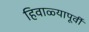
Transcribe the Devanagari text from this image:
हिवाळ्यापूर्वी